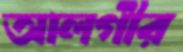
আলগীর